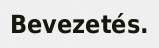
Bevezetés.